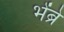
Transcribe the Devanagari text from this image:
भेंब्रे